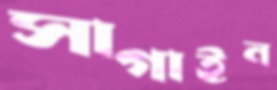
সাগাইন